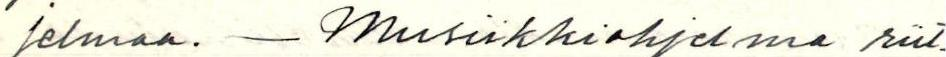
jelmaa. - Musiikkiohjelma riit-